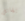
يقاتل